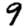
Digit: 9